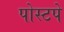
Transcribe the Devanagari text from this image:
पोस्टपे